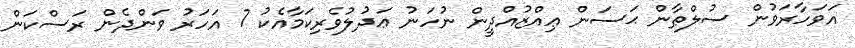
އަވަހާރަވުން ސުލްޠާން ޙަސަން ޢިއްޒުއްދީން ނުހަނު ޢަދުލުވެރިކަމާއެކު 7 އަހަރު ވަންދެން ރަސްކަން